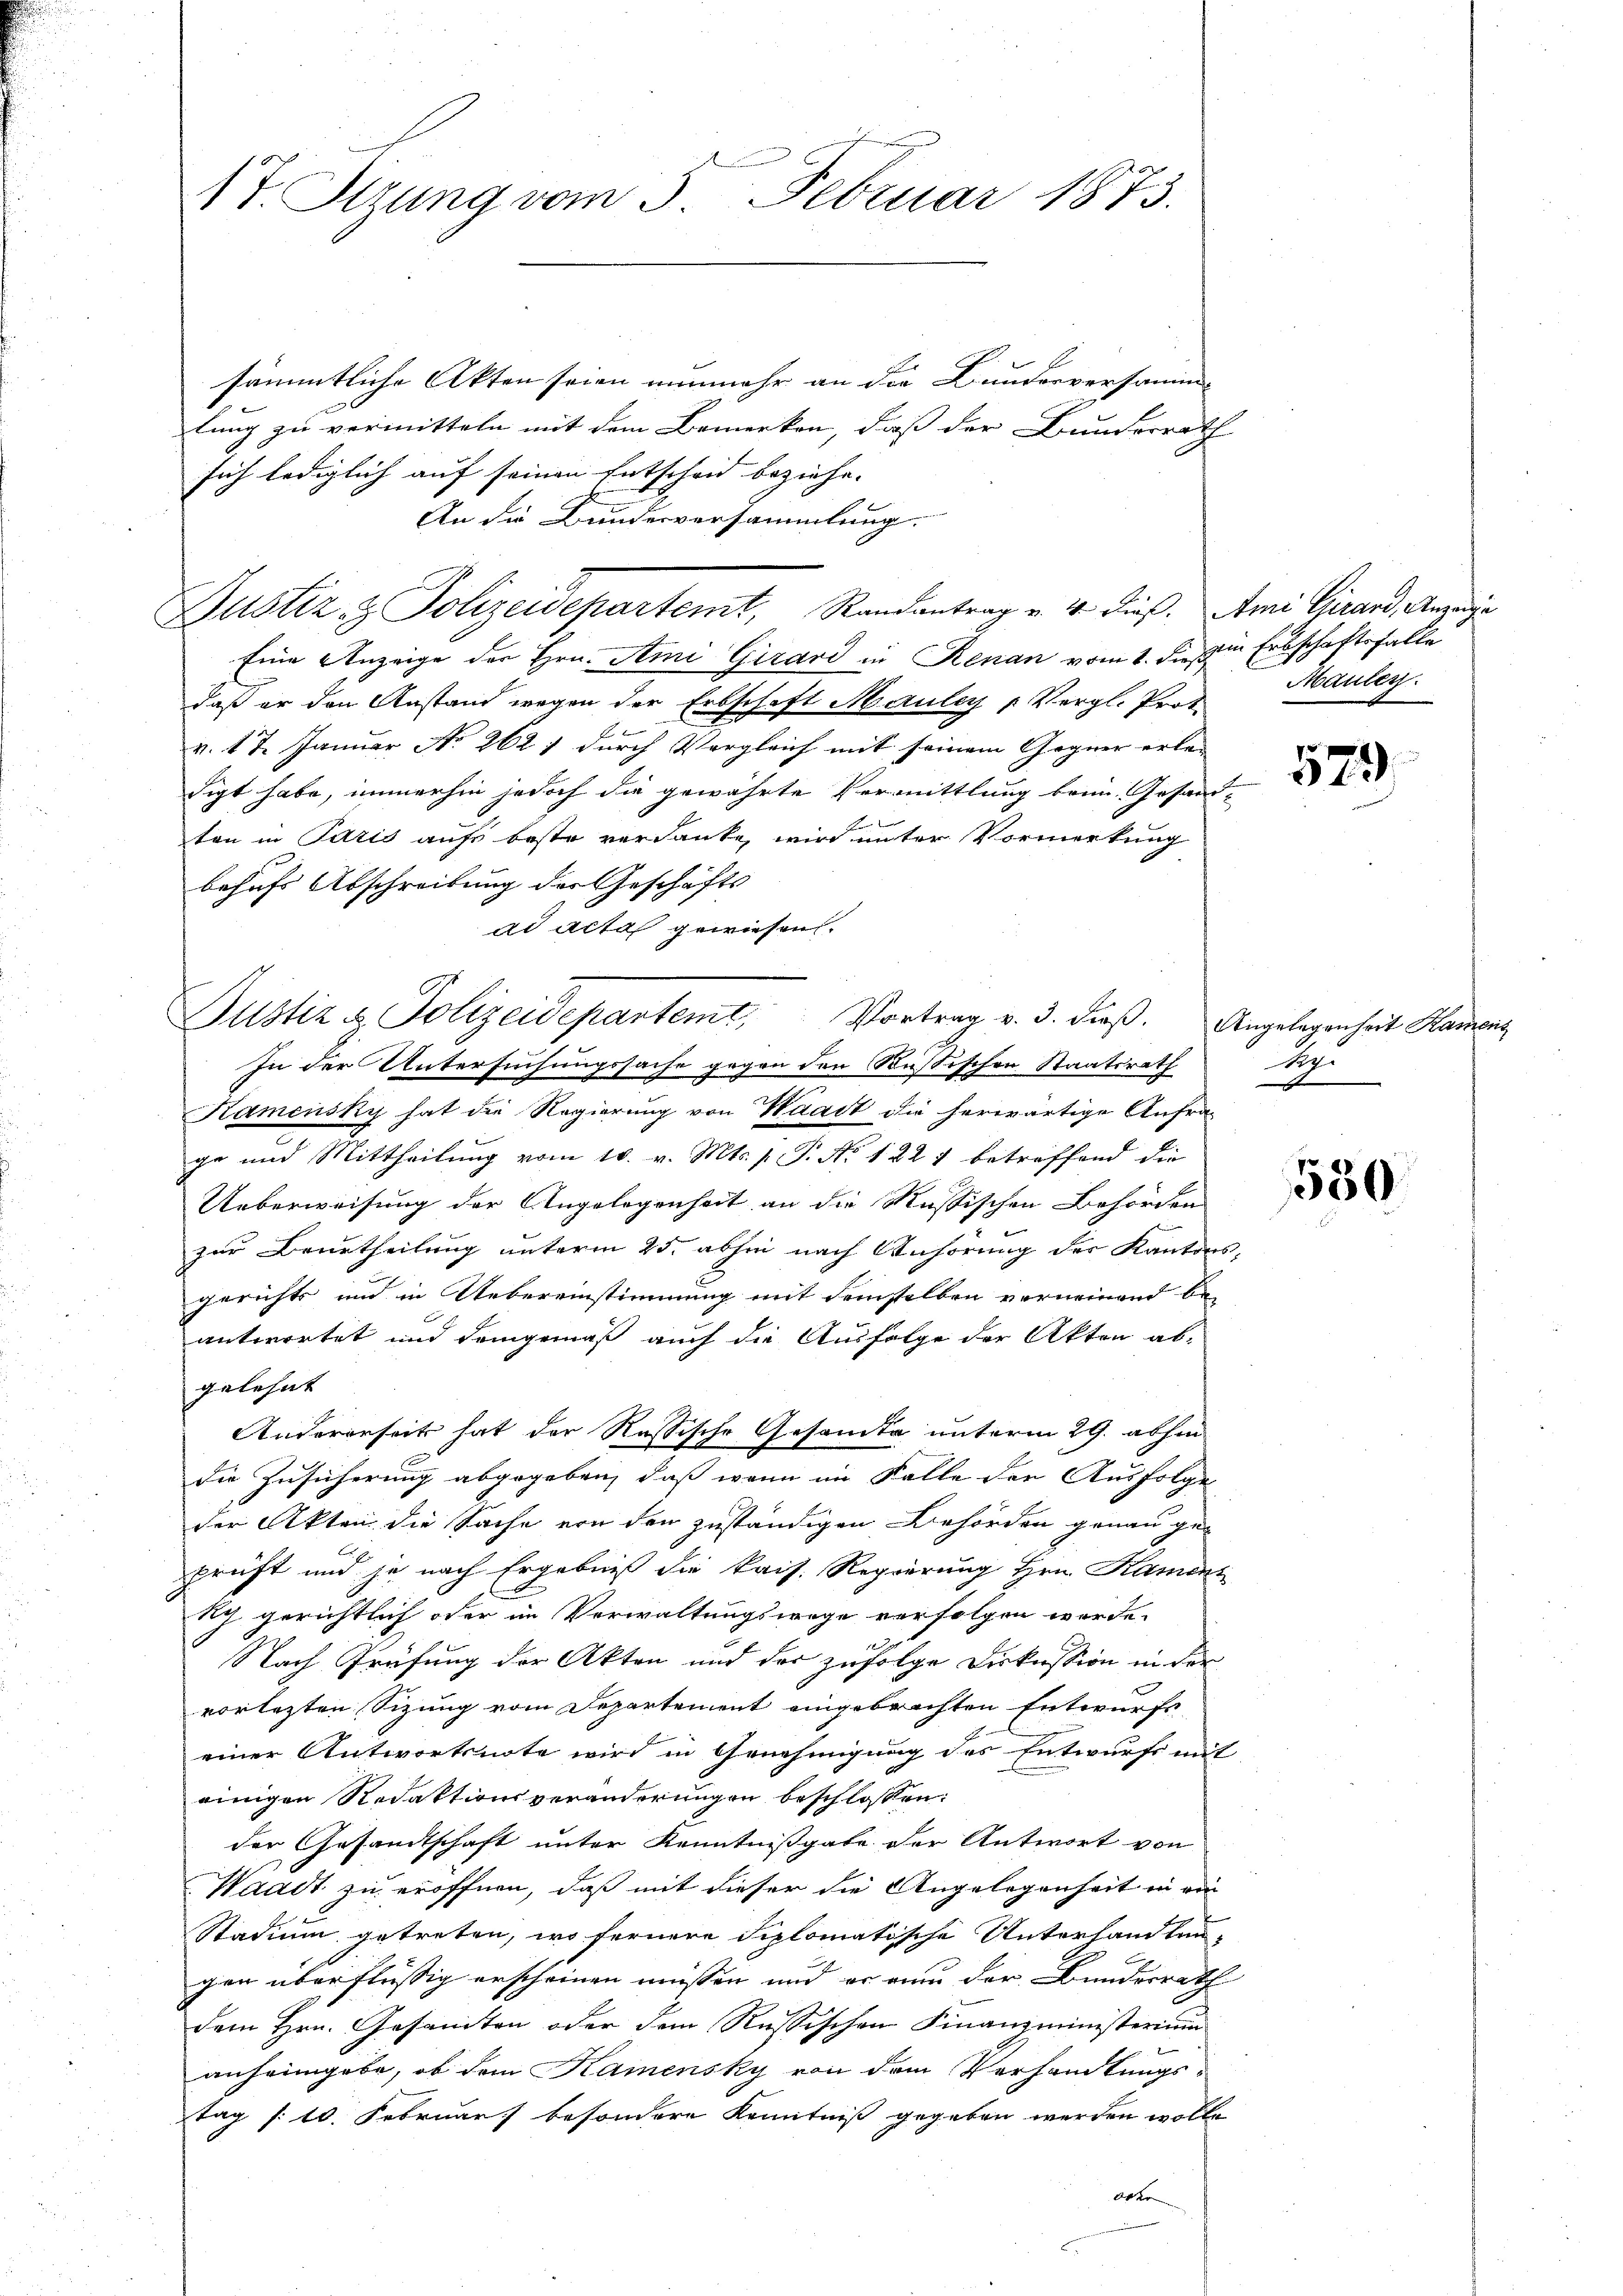
17 Stzung vom 5. Februar 1873.

sämmtliche Akten seien nunmehr an die Bunderversamm-
lung zu vermitteln mit dem Bemerken, daß der Bundesrath
sich lediglich auf seinen Entscheid beziehe.
An die Bundesversammlung.
Eine Anzeige der Hrn. Ami Girard in Renan vom 1. d. in Erbschaftsfalle
daß er den Anstand wegen der Erbschaft Meruley u. Vergl. Prot.
 f 2
v. 17. Januar No 262) durch Vergleich mit seinem Gegner erlei
digt habe, immerhin jedoch die gewährte Vermittlung bein. Gesand-
i
ton in Paris aufs beste verdanke, wird unter Vormerkung
behufs Abschreibung der Geschäfts
ad acta gewiesen.
In der Untersuchungssache gegen den Rußischen Staatsrath
Kamensky hat die Regierung von Waadt die herwärtige Anfra-
ge und Mittheilung vom 10. v. Mts. p. P. Nr. 122 1 betreffend die
Ueberweisung der Angelegenheit an die Russischen Behörden
zur Beurtheilung unterm 25. abhin nach Anhörung des Kantonsgerichts und in Uebereinstimmung mit demselben verneinend be-
antwortet und demgemäß auch die Ausfolge der Akten ab-
gelehnt
Anderenseit hat der Russische Gesamte unterm 29. abhin
die Zusicherung abgegeben, daß wenn im Falle der Ausfolge
der Akten die Sache von den zuständigen Behörden genau geprüft und je nach Ergebniß die kais. Regierung Hrn. Kamenz
ky gerichtlich oder im Verwaltungswege verfolgen werde.
Nach Prüfung der Akten und der zufolge Diskussion in der
vorlezten Sizung vom Departement eingebrachten Entwurfs
einer Antwortsnote wird in Genehmigung des Entwurfe mit
einigen Redaktionsveränderungen beschlossen:
der Gesandtschaft unter Kenntnißgabe der Antwort von
Waadt zu eröffnen, daß mit dieser die Angelegenheit in von
Stadium getreten, wo fernere Siplomatische Unterhandlungen überflüssig erscheinen müssen und er an der Bundesrath
dem Hrn. Gesamten oder dem Russischen Finanzministerium
anheimgebe, ob dem Kamensky von dem Verhandlungs-
tag /: 10. Februar besondere Kenntniß gegeben werden wolle.
Otte

Justiz- & Polizeidepartemt, Randantrag v. 4. dieß. Ami Girard, Anzeige

Justiz & Polizeidepartemt, Vortrag v. 3. dieß. Angelegenheit Hammens

Mauler.

579

S

530